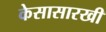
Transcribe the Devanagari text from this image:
केसासारखी